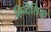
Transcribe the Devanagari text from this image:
हिन्देसिया